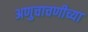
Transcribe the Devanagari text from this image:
अणुचाचणीच्या